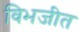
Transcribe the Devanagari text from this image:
विभजीत